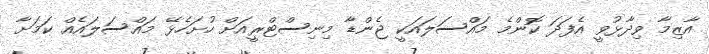
އާޒިމާ ވިދާޅުވީ އެފަދަ ކޮންމެ މައްސަލައަކީ ޖެންޑާ މިނިސްޓްރީއަށް ހުށަހެޅޭ މައްސަލައެއް ކަމަށާ